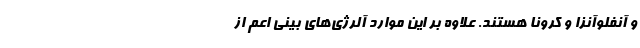
و آنفلوآنزا و کرونا هستند. علاوه بر این موارد آلرژی‌های بینی اعم از